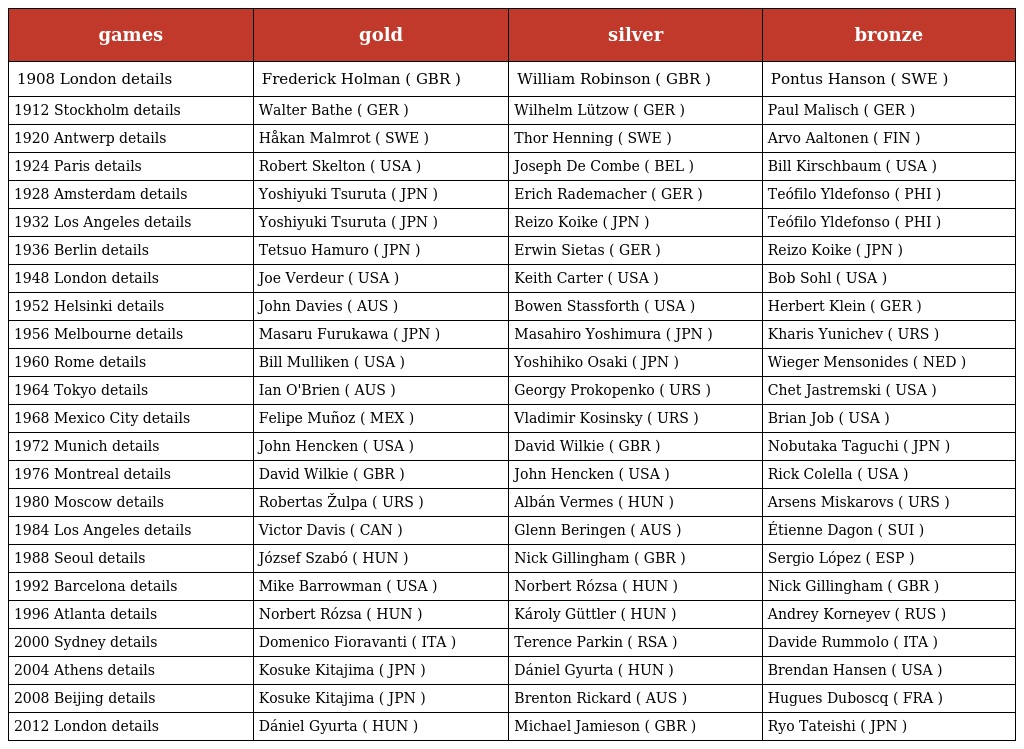
| games | gold | silver | bronze |
 | --- | --- | --- | --- |
 | 1908 London details | Frederick Holman ( GBR ) | William Robinson ( GBR ) | Pontus Hanson ( SWE ) |
 | 1912 Stockholm details | Walter Bathe ( GER ) | Wilhelm Lützow ( GER ) | Paul Malisch ( GER ) |
 | 1920 Antwerp details | Håkan Malmrot ( SWE ) | Thor Henning ( SWE ) | Arvo Aaltonen ( FIN ) |
 | 1924 Paris details | Robert Skelton ( USA ) | Joseph De Combe ( BEL ) | Bill Kirschbaum ( USA ) |
 | 1928 Amsterdam details | Yoshiyuki Tsuruta ( JPN ) | Erich Rademacher ( GER ) | Teófilo Yldefonso ( PHI ) |
 | 1932 Los Angeles details | Yoshiyuki Tsuruta ( JPN ) | Reizo Koike ( JPN ) | Teófilo Yldefonso ( PHI ) |
 | 1936 Berlin details | Tetsuo Hamuro ( JPN ) | Erwin Sietas ( GER ) | Reizo Koike ( JPN ) |
 | 1948 London details | Joe Verdeur ( USA ) | Keith Carter ( USA ) | Bob Sohl ( USA ) |
 | 1952 Helsinki details | John Davies ( AUS ) | Bowen Stassforth ( USA ) | Herbert Klein ( GER ) |
 | 1956 Melbourne details | Masaru Furukawa ( JPN ) | Masahiro Yoshimura ( JPN ) | Kharis Yunichev ( URS ) |
 | 1960 Rome details | Bill Mulliken ( USA ) | Yoshihiko Osaki ( JPN ) | Wieger Mensonides ( NED ) |
 | 1964 Tokyo details | Ian O'Brien ( AUS ) | Georgy Prokopenko ( URS ) | Chet Jastremski ( USA ) |
 | 1968 Mexico City details | Felipe Muñoz ( MEX ) | Vladimir Kosinsky ( URS ) | Brian Job ( USA ) |
 | 1972 Munich details | John Hencken ( USA ) | David Wilkie ( GBR ) | Nobutaka Taguchi ( JPN ) |
 | 1976 Montreal details | David Wilkie ( GBR ) | John Hencken ( USA ) | Rick Colella ( USA ) |
 | 1980 Moscow details | Robertas Žulpa ( URS ) | Albán Vermes ( HUN ) | Arsens Miskarovs ( URS ) |
 | 1984 Los Angeles details | Victor Davis ( CAN ) | Glenn Beringen ( AUS ) | Étienne Dagon ( SUI ) |
 | 1988 Seoul details | József Szabó ( HUN ) | Nick Gillingham ( GBR ) | Sergio López ( ESP ) |
 | 1992 Barcelona details | Mike Barrowman ( USA ) | Norbert Rózsa ( HUN ) | Nick Gillingham ( GBR ) |
 | 1996 Atlanta details | Norbert Rózsa ( HUN ) | Károly Güttler ( HUN ) | Andrey Korneyev ( RUS ) |
 | 2000 Sydney details | Domenico Fioravanti ( ITA ) | Terence Parkin ( RSA ) | Davide Rummolo ( ITA ) |
 | 2004 Athens details | Kosuke Kitajima ( JPN ) | Dániel Gyurta ( HUN ) | Brendan Hansen ( USA ) |
 | 2008 Beijing details | Kosuke Kitajima ( JPN ) | Brenton Rickard ( AUS ) | Hugues Duboscq ( FRA ) |
 | 2012 London details | Dániel Gyurta ( HUN ) | Michael Jamieson ( GBR ) | Ryo Tateishi ( JPN ) |